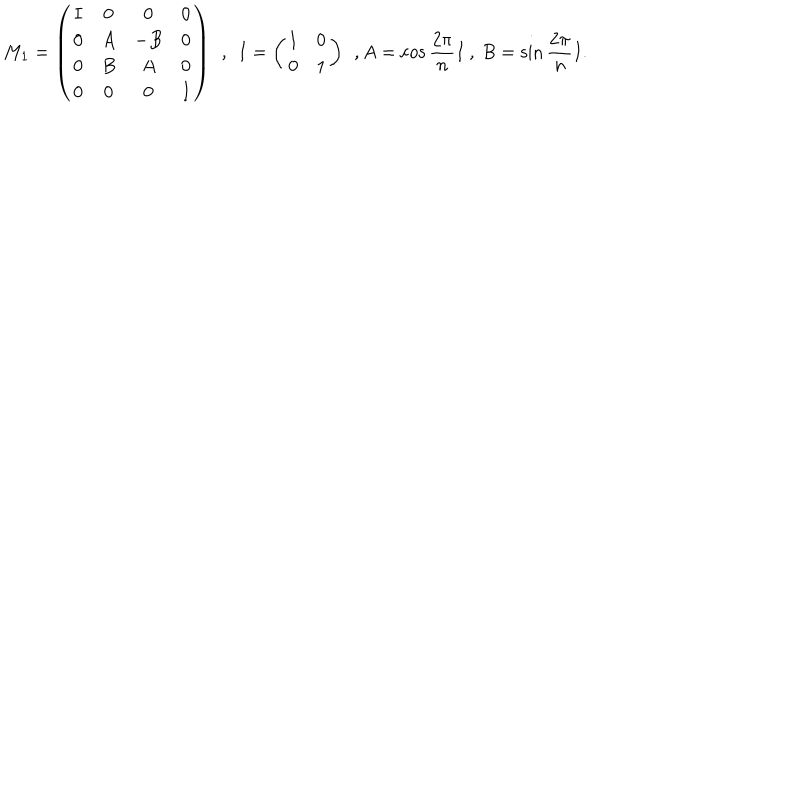
M _ { 1 } = \left( \begin{array} { c c c c } { { I } } & { { 0 } } & { { 0 } } & { { 0 } } \\ { { 0 } } & { { A } } & { { - B } } & { { 0 } } \\ { { 0 } } & { { B } } & { { A } } & { { 0 } } \\ { { 0 } } & { { 0 } } & { { 0 } } & { { I } } \\ \end{array} \right) \: \: , \: \: I = \left( \begin{array} { c c } { { 1 } } & { { 0 } } \\ { { 0 } } & { { 1 } } \\ \end{array} \right) \: \: , A = \cos \frac { 2 \pi } { n } I \: , \: B = \sin \frac { 2 \pi } { n } I .